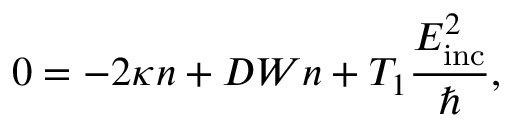
0 = - 2 \kappa n + D W n + T _ { 1 } \frac { E _ { \mathrm { i n c } } ^ { 2 } } { \hbar } ,